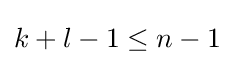
{\textstyle k+l-1\leq n-1}